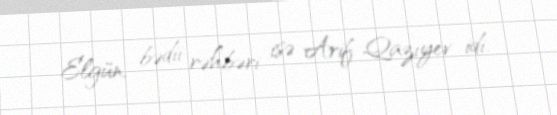
Elgün, bədii rəhbəri isə Arif Qazıyev idi.